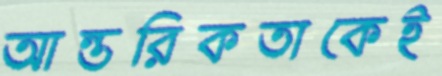
আন্তরিকতাকেই